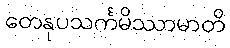
တေနုပသင်္ကမိဿာမာတိ